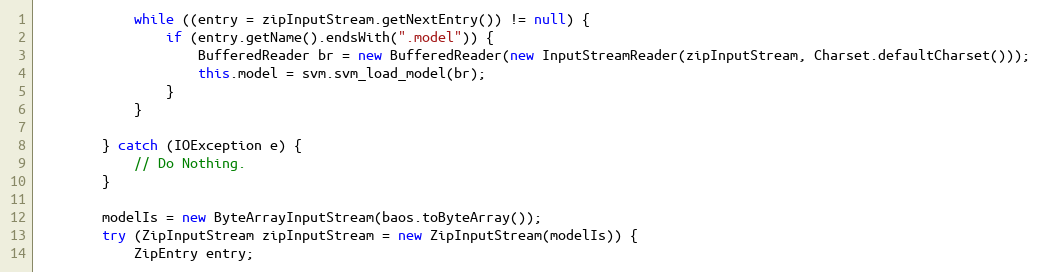
Language: Java
            while ((entry = zipInputStream.getNextEntry()) != null) {
                if (entry.getName().endsWith(".model")) {
                    BufferedReader br = new BufferedReader(new InputStreamReader(zipInputStream, Charset.defaultCharset()));
                    this.model = svm.svm_load_model(br);
                }
            }

        } catch (IOException e) {
            // Do Nothing.
        }

        modelIs = new ByteArrayInputStream(baos.toByteArray());
        try (ZipInputStream zipInputStream = new ZipInputStream(modelIs)) {
            ZipEntry entry;